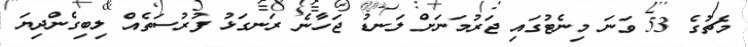
މެޗުގެ 53 ވަނަ މިނެޓުގައި ޖަރުމަނަށް ލަނޑު ޖަހާނެ ރަނގަޅު ފުރުސަތެއް ލިބިގެންދިޔަ